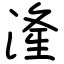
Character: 湰